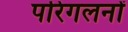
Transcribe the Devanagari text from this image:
परिगलनों